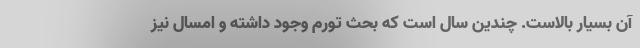
آن بسیار بالاست. چندین سال است که بحث تورم وجود داشته و امسال نیز